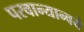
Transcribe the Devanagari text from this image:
परवान्यान्वये